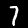
Label: 7